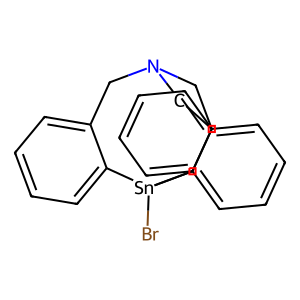
SMILES: Br[Sn]12c3ccccc3CN(Cc3ccccc31)Cc1ccccc12
Inhibits HIV replication: No